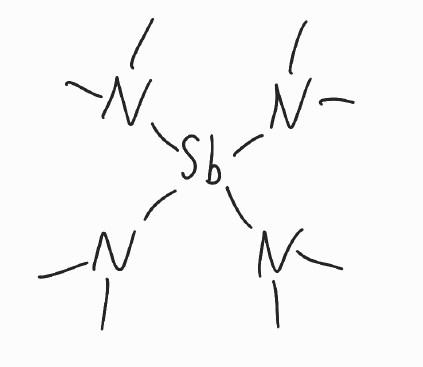
Simplified molecular-input line-entry system (SMILES) notation of the given molecule:
CN(C)[Sb](N(C)C)(N(C)C)N(C)C